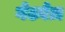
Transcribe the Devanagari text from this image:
गेटवेज़